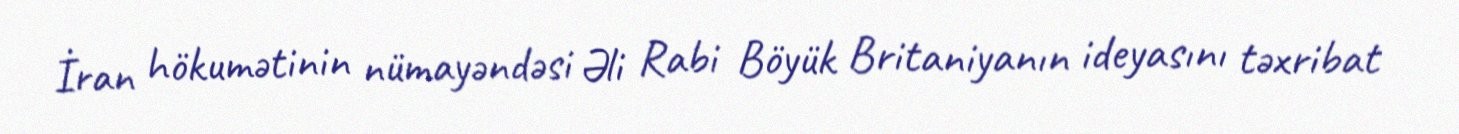
İran hökumətinin nümayəndəsi Əli Rabi Böyük Britaniyanın ideyasını təxribat